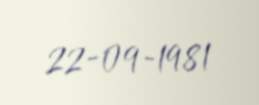
22-09-1981